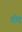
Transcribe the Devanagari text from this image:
गोदं